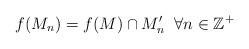
LaTeX: \begin{align*}f(M_n)=f(M)\cap M^\prime_n\;\;\forall n\in \mathbb{Z}^+\end{align*}